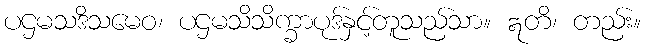
ပဌမသဒိသမေဝ၊ ပဌမသိသိက္ခာပုဒ်နှင့်တူသည်သာ။ ဣတိ၊ တည်း။